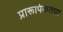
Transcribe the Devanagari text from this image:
प्रारूपिकतया